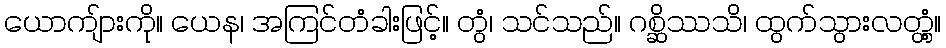
ယောကျ်ားကို။ ယေန၊ အကြင်တံခါးဖြင့်။ တွံ၊ သင်သည်။ ဂစ္ဆိဿသိ၊ ထွက်သွားလတ္တံ့။